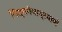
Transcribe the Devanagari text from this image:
नित्यनेमाप्रमाणे